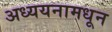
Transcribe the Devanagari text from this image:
अध्ययनामधून